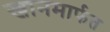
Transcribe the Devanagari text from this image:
खानमार्फत